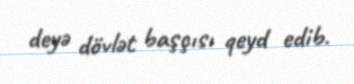
deyə dövlət başçısı qeyd edib.